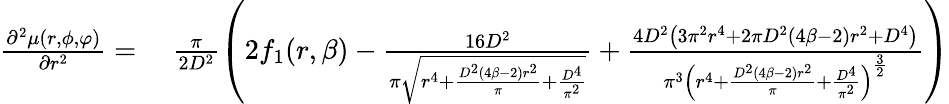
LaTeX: \begin{array}{rl}{\frac{\partial^{2}\mu(r,\phi,\varphi)}{\partial r^{2}}=}&{\; \frac{\pi}{2D^{2}}\left(2f_{1}(r,\beta)-\frac{16D^{2}}{{\pi}\sqrt{r^{4}+\frac{D^{2}(4\beta-2)r^{2}}{{\pi}}+\frac{D^{4}}{{\pi}^{2}}}}+\frac{4D^{2}\left(3\pi^{2}r^{4}+2\pi D^{2}(4\beta-2)r^{2}+D^{4}\right)}{{\pi}^{3}\left(r^{4}+\frac{D^{2}(4\beta-2)r^{2}}{{\pi}}+\frac{D^{4}}{{\pi}^{2}}\right)^{\frac{3}{2}}}\right)}\end{array}